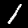
Digit: 1